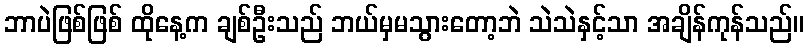
ဘာပဲဖြစ်ဖြစ် ထိုနေ့က ချစ်ဦးသည် ဘယ်မှမသွားတော့ဘဲ သဲသဲနှင့်သာ အချိန်ကုန်သည်။